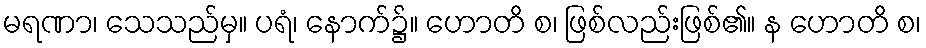
မရဏာ၊ သေသည်မှ။ ပရံ၊ နောက်၌။ ဟောတိ စ၊ ဖြစ်လည်းဖြစ်၏။ န ဟောတိ စ၊